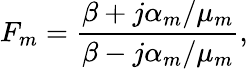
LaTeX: F_{m}=\frac{\beta+j\alpha_{m}/\mu_{m}}{\beta-j\alpha_{m}/\mu_{m}},